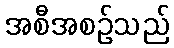
အစီအစဉ်သည်